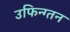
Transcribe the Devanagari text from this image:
उफिन्ग्तन